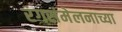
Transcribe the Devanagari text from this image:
रंगसंमेलनाच्या